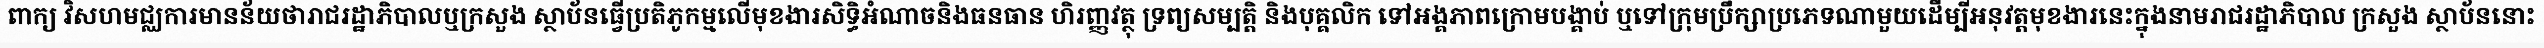
ពាក្យ វិសហមជ្ឈការមានន័យថារាជរដ្ឋាភិបាលឬក្រសួង ស្ថាប័នធ្វើប្រតិភូកម្មលើមុខងារសិទ្ធិអំណាចនិងធនធាន ហិរញ្ញវត្ថុ ទ្រព្យសម្បត្តិ និងបុគ្គលិក ទៅអង្គភាពក្រោមបង្គាប់ ឬទៅក្រុមប្រឹក្សាប្រភេទណាមួយដើម្បីអនុវត្តមុខងារនេះក្នុងនាមរាជរដ្ឋាភិបាល ក្រសួង ស្ថាប័ននោះ